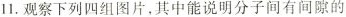
11.观察下列四组图片，其中能说明分子间有间隙的